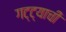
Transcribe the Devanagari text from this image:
गट्ट्याची